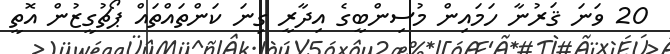
20 ވަނަ ޤަރުނާ ހަމައިން މުސިންބީގެ އިދާރީ ގިނަ ކަންތައްތައް ޕޯޗުގީޒުން އޮތީ